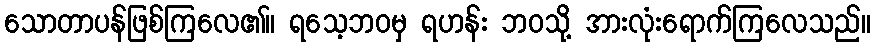
သောတာပန်ဖြစ်ကြလေ၏။ ရသေ့ဘဝမှ ရဟန်း ဘဝသို့ အားလုံးရောက်ကြလေသည်။